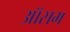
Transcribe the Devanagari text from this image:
ऑसम